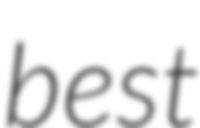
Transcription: best